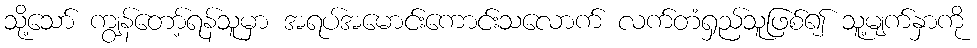
သို့သော် ကျွန်တော့်ရန်သူမှာ အရပ်အမောင်းကောင်းသလောက် လက်တံရှည်သူဖြစ်၍ သူ့မျက်နှာကို